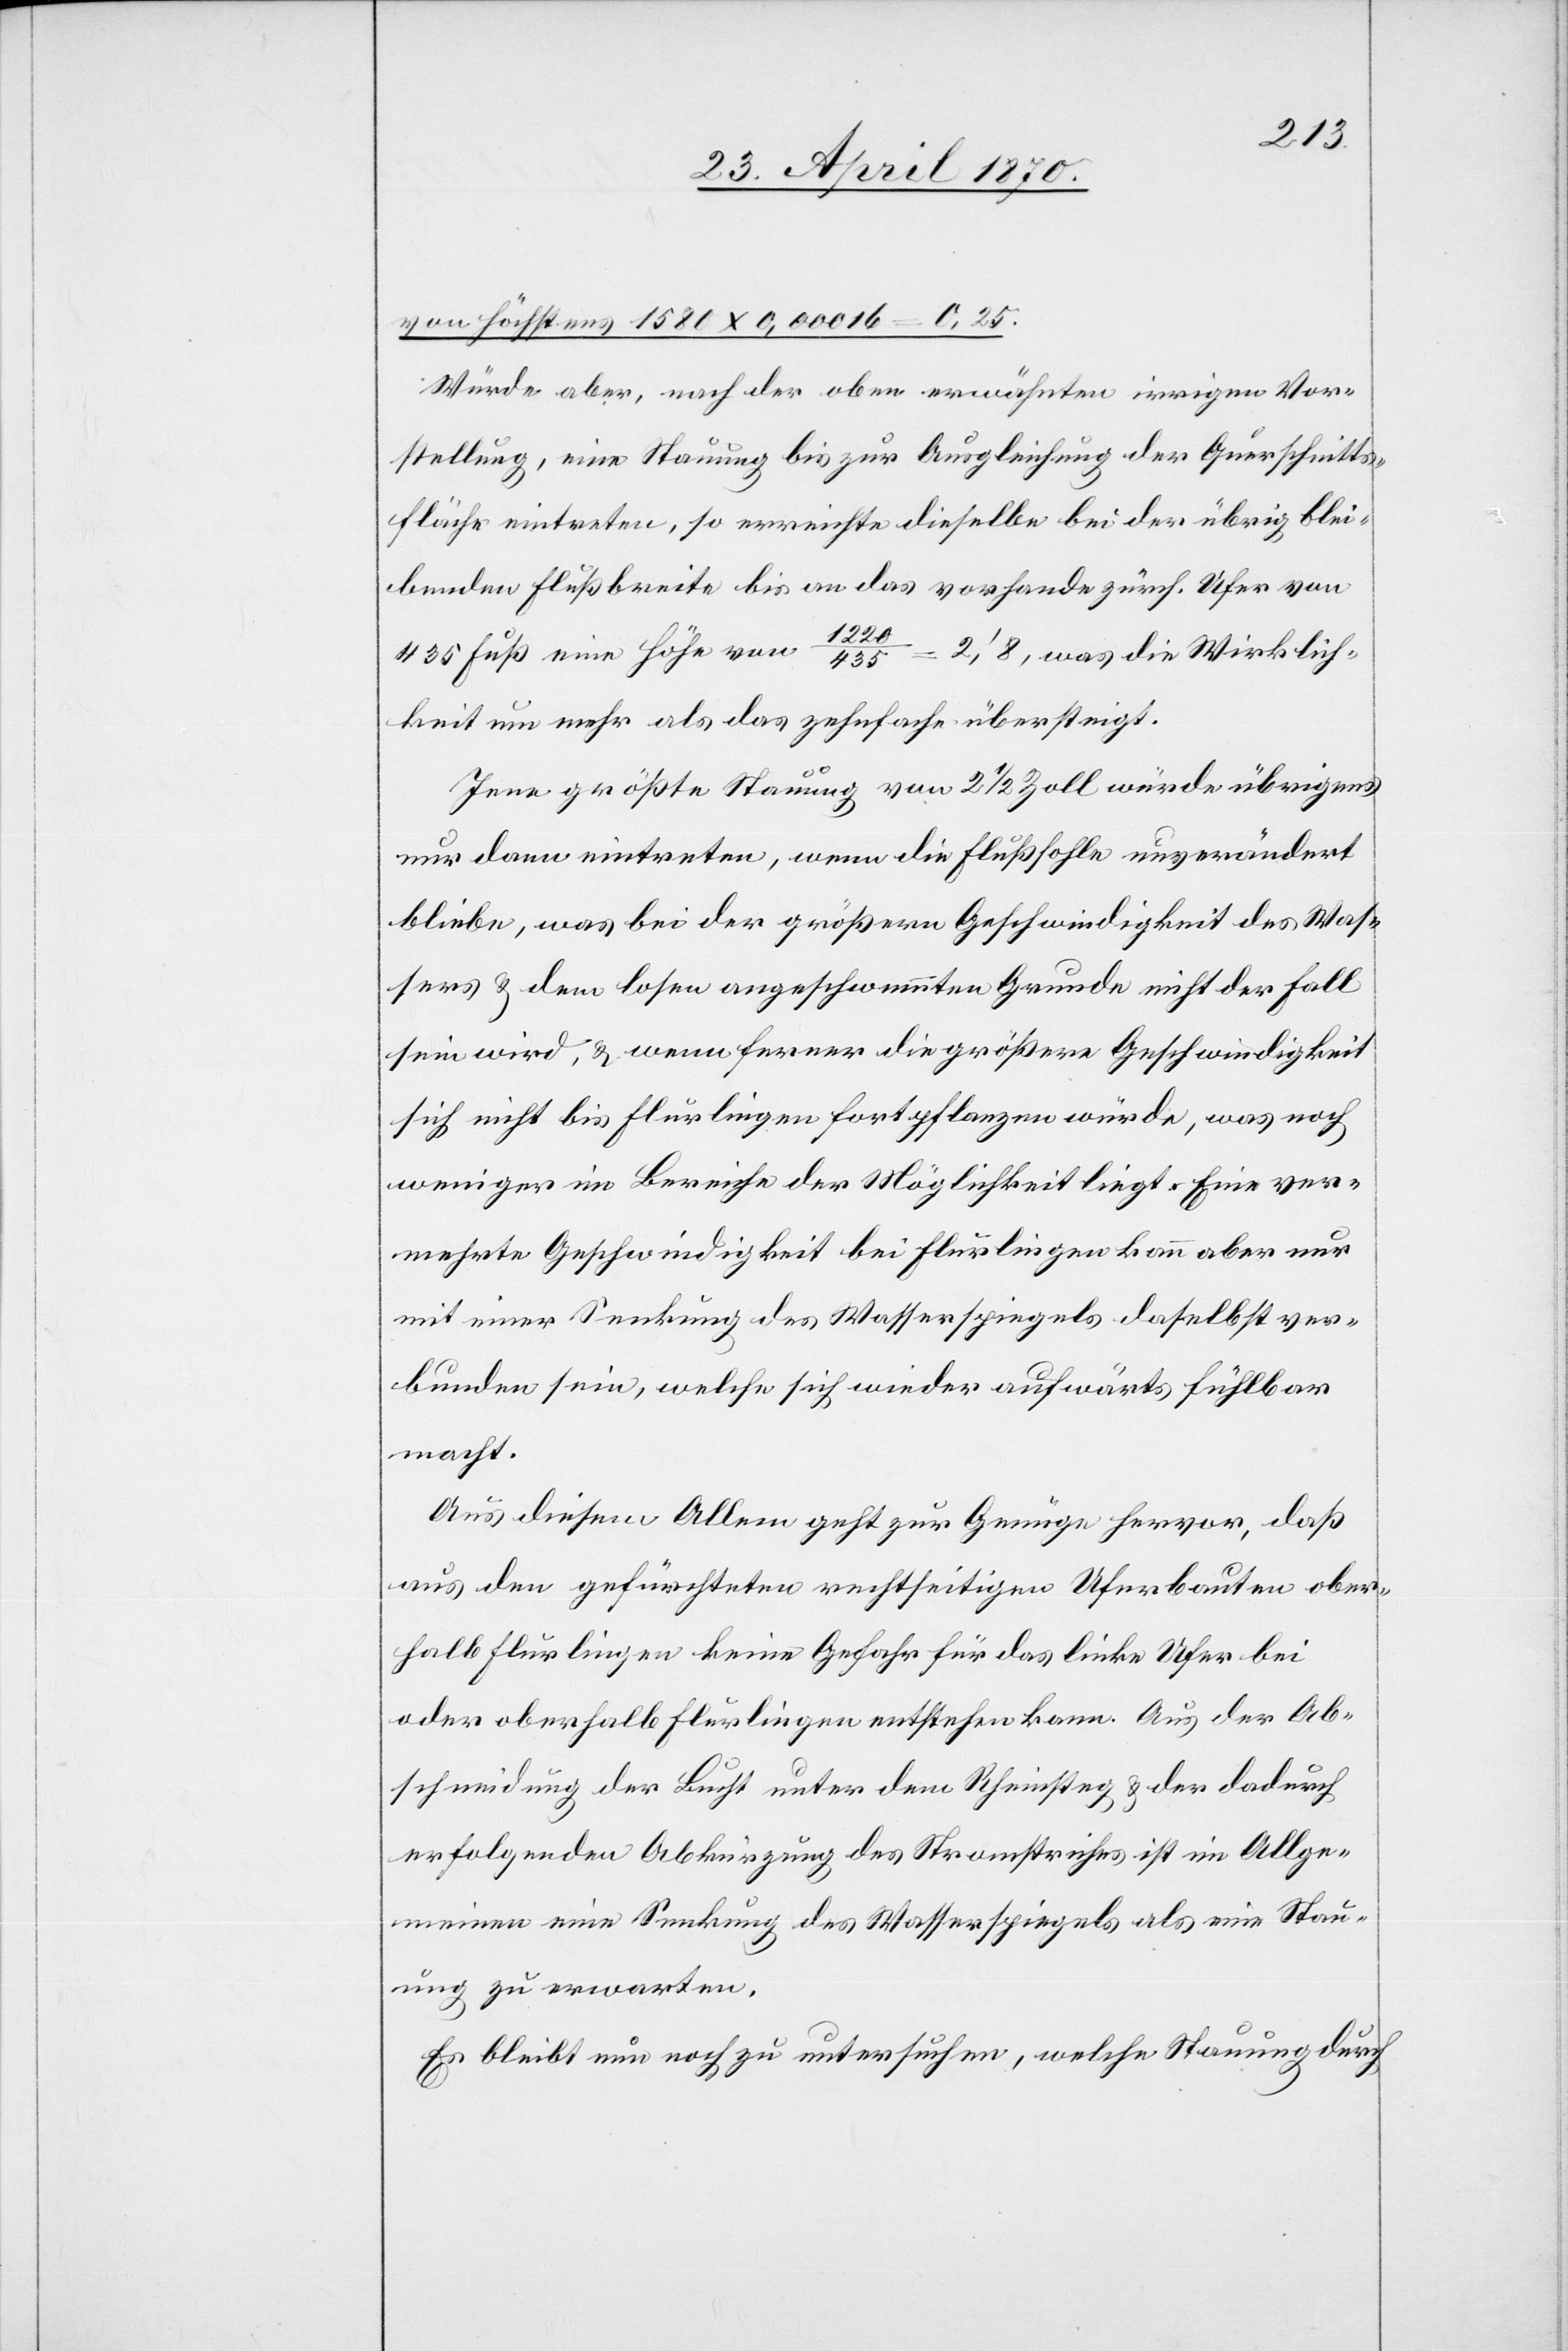
von höchstens 1580 x 0,00016 = 0,25.
Würde aber, nach der oben erwähnten irrigen Vor¬
stellung, eine Stauung bis zur Ausgleichung der Querschnitts¬
fläche eintreten, so erreichte dieselbe bei der übrig blei¬
benden Flußbreite bis an das vorhande [sic!] zürch. Ufer von
435 Fuß eine Höhe von 1220/435 = 2‘,8, was die Wirklich¬
keit nun mehr als das zehnfache übersteigt.
Jene größte Stauung von 2 1/2 Zoll würde übrigens
nur dann eintreten, wenn die Flußsohle unverändert
bliebe, was bei der größern Geschwindigkeit des Was¬
sers & dem losen angeschwemmten Grunde nicht der Fall
sein wird, & wenn ferner die größere Geschwindigkeit
sich nicht bis Flurlingen fortpflanzen würde, was noch
weniger im Bereiche der Möglichkeit liegt. Eine ver¬
mehrte Geschwindigkeit bei Flurlingen kann aber nur
mit einer Senkung des Wasserspiegels daselbst ver¬
bunden sein, welche sich wieder aufwärts fühlbar
macht.
Aus diesem Allem geht zur Genüge hervor, daß
aus den gefürchteten rechtseitigen Uferbauten ober¬
halb Flurlingen keine Gefahr für das linke Ufer bei
oder oberhalb Flurlingen entstehen kann. Aus der Ab¬
schneidung der Bucht unter dem Rheinsteg & der dadurch
erfolgenden Abkürzung des Stromstriches ist im Allge¬
meinen eine Senkung des Wasserspiegels als eine Stau¬
ung zu erwarten.
Es bleibt nun noch zu untersuchen, welche Stauung durch